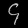
Digit: ၄